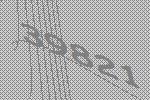
39821